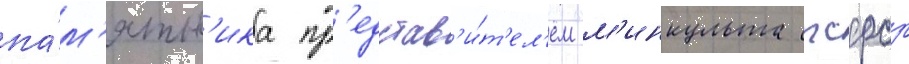
па́м'ятн'ика пр'едстав'и́т'ел'ем м'инкульта рсфср